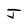
Character: J